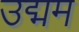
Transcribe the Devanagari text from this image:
उद्मम